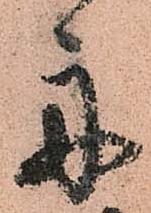
舟